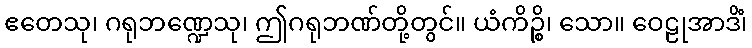
ဧတေသု၊ ဂရုဘဏ္ဍေသု၊ ဤဂရုဘဏ်တို့တွင်။ ယံကိဉ္စိ၊ သော။ ဝေဠုအာဒိံ၊